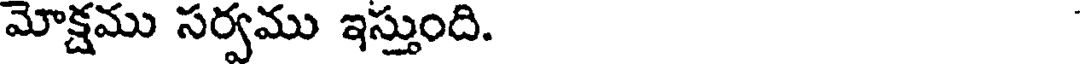
మోక్షము సర్వము ఇస్తుంది.